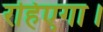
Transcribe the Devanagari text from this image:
रहिएगा।